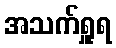
အသက်ရှူရ